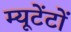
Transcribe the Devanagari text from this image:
म्यूटेंटों